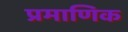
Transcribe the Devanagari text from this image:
प्रमाणिक